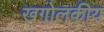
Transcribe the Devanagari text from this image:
खगोलकीय